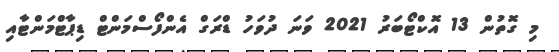
މި ގޮތުން 13 އޮކްޓޯބަރު 2021 ވަނަ ދުވަހު ޑްރަގް އެންފޯސްމަންޓް ޑިޕާޓްމަންޓާއި